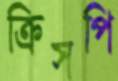
ক্রিসপি